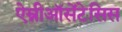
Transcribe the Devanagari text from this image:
ऐम्नीऑसेंटेसिस